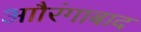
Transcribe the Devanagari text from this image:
आौरंगाबाद